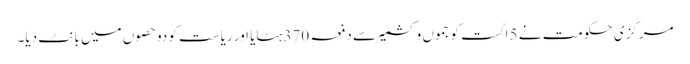
مرکزی حکومت نے 5 اگست کو جموں وکشمیر سے دفعہ 370 ہٹایا اور ریاست کو دوحصوں میں بانٹ دیا۔